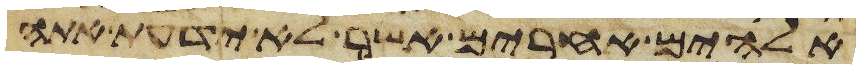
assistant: אלהים אחרים אשר לא ידעת אתה